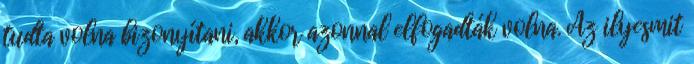
tudta volna bizonyítani, akkor azonnal elfogadták volna. Az ilyesmit